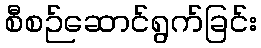
စီစဉ်ဆောင်ရွက်ခြင်း